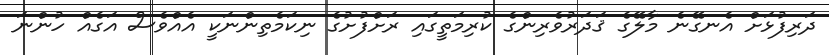
ދަރިފުޅަށް އެނގޭނެ މާލޭގެ ޤަދަރުވެރިންގެ ކުރިމަތީގައި ރަށްފުށުގެ ނިކަމެތިންނަކީ އެއްވެސް އަގެއް ހުންނަ